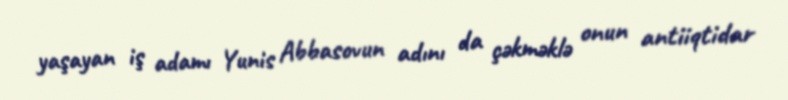
yaşayan iş adamı Yunis Abbasovun adını da çəkməklə onun antiiqtidar